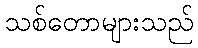
သစ်တောများသည်